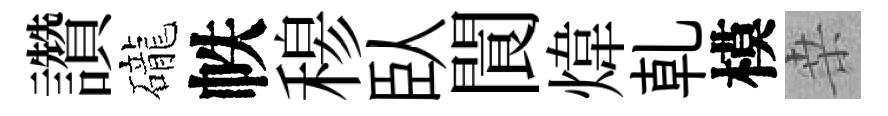
讚礲帙𥠇臥閬煒乹模桒